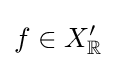
f\in X_{\mathbb {R} }^{\prime }